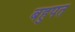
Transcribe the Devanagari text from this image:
बहुपत